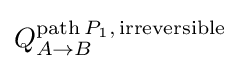
Q_{A\to B}^{\mathrm {path} \,P_{1},\,\mathrm {irreversible} }